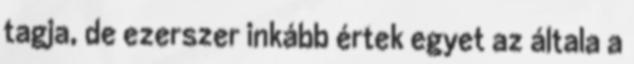
tagja, de ezerszer inkább értek egyet az általa a